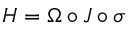
H = \Omega \circ J \circ \sigma